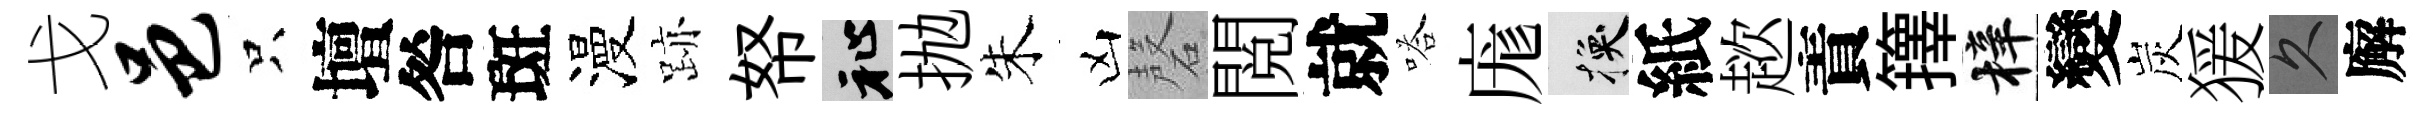
戈邑只壇咎斑漫跡帑祉抛朱凶磬閲就嗒庬换紙趑責籜梓變炭猨久廨